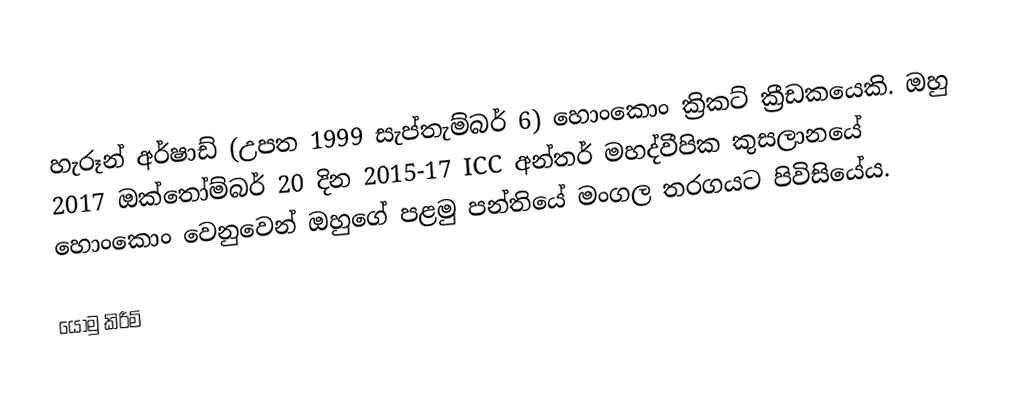
හැරූන් අර්ෂාඩ් (උපත 1999 සැප්තැම්බර් 6) හොංකොං ක්‍රිකට් ක්‍රීඩකයෙකි. ඔහු 2017 ඔක්තෝම්බර් 20 දින 2015-17 ICC අන්තර් මහද්වීපික කුසලානයේ හොංකොං වෙනුවෙන් ඔහුගේ පළමු පන්තියේ මංගල තරගයට පිවිසියේය.

යොමු කිරීම්